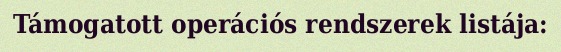
Támogatott operációs rendszerek listája: